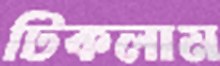
টিকলাম